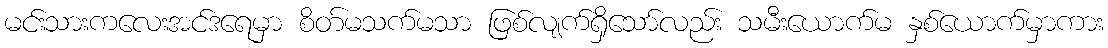
မင်းသားကလေးအင်ဒရေမှာ စိတ်မသက်မသာ ဖြစ်လျက်ရှိသော်လည်း သမီးယောက်မ နှစ်ယောက်မှာကား